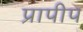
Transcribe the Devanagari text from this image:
प्रापीप